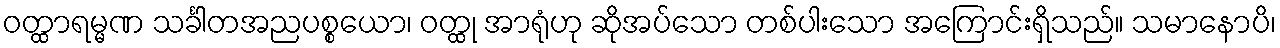
ဝတ္ထာရမ္မဏ သင်္ခါတအညပစ္စယော၊ ဝတ္ထု အာရုံဟု ဆိုအပ်သော တစ်ပါးသော အကြောင်းရှိသည်။ သမာနောပိ၊